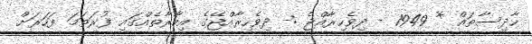
ޙާދިސާތައް * 1949 - ދިވެހިރާއްޖެ :- ދިވެހިރާއްޖޭގެ އިމާރާތެއްގައި ފުރަތަމަ ފަހަރަށް